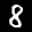
Label: 8